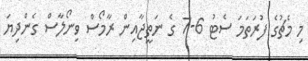
މި މެޗުގެ ފުރަތަމަ ސެޓު 6-7 ގެ ނަތީޖާއިން ރާމޯސް ވިނޯލާސް ގެންދިޔަ